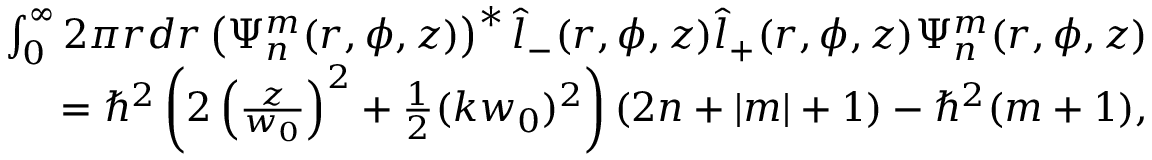
\begin{array} { r l r } & { } & { \int _ { 0 } ^ { \infty } 2 \pi r d r \left( \Psi _ { n } ^ { m } ( r , \phi , z ) \right) ^ { * } \hat { l } _ { - } ( r , \phi , z ) \hat { l } _ { + } ( r , \phi , z ) \Psi _ { n } ^ { m } ( r , \phi , z ) } \\ & { } & { = \hbar ^ { 2 } \left( 2 \left( \frac { z } { w _ { 0 } } \right) ^ { 2 } + \frac { 1 } { 2 } ( k w _ { 0 } ) ^ { 2 } \right) ( 2 n + | m | + 1 ) - \hbar ^ { 2 } ( m + 1 ) , } \end{array}